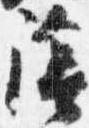
陰